Vaccination in Bombay 1874-1876 - 1874-1876
Year: 1874
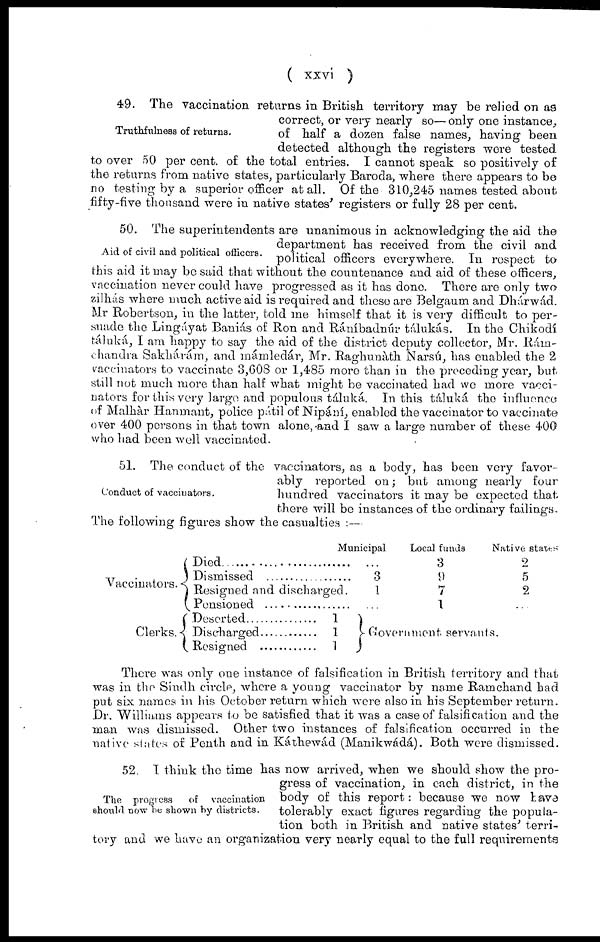
( xxvi )
Truthfulness of returns.
49. The vaccination returns in British territory may be relied on as
correct, or very nearly so— only one instance,
of half a dozen false names, having been
detected although the registers were tested
to over 50 per cent. of the total entries. I cannot speak so positively of
the returns from native states, particularly Baroda, where there appears to be
no testing by a superior officer at all. Of the 310,245 names tested about
fifty-five thousand were in native states' registers or fully 28 per cent.
Aid of civil and political officers.
50. The superintendents are unanimous in acknowledging the aid the
department has received from the civil and
political officers everywhere. In respect to
this aid it may be said that without the countenance and aid of these officers,
vaccination never could have progressed as it has done. There are only two
zilhás where much active aid is required and these are Belgaum and Dhárwád.
Mr Robertson, in the latter, told me himself that it is very difficult to per-
suade the Lingáyát Baniás of Ron and Ráníbadnúr tálukás. In the Chikodí
táluká, I am happy to say the aid of the district deputy collector, Mr. Ram-
chandra Sakhárám, and mámledár, Mr. Raghunáth Narsú, has enabled the 2
vaccinators to vaccinate 3,608 or 1,485 more than in the preceding year, but
still not much more than half what might be vaccinated had we more vacci-
nators for this very large and populous táluká. In this táluká the influence
of Malhár Hanmant, police pátil of Nipání, enabled the vaccinator to vaccinate
over 400 persons in that town alone, and I saw a large number of these 400
who had been well vaccinated.
Conduct of vaccinators.
51. The conduct of the vaccinators, as a body, has been very favor-
ably reported on; but among nearly four
hundred vaccinators it may be expected that
there will be instances of the ordinary failings.
The following figures show the casualties :—
Vaccinators.
Clerks,
Died..................
Dismissed..................
Resigned and discharged.
Pensioned..................
Deserted..................
Discharged..................
Resigned..................
Municipal
...
3
1
...
1
1
1
Local funds
3
9
7
1
Native states
2
5
2
...
Government
servants.
There was only one instance of falsification in British territory and that
was in the Sindh circle, where a young vaccinator by name Ramchand had
put six names in his October return which were also in his September return.
Dr. Williams appears to be satisfied that it was a case of falsification and the
man was dismissed. Other two instances of falsification occurred in the
native states of Penth and in Káthewád (Manikwádá). Both were dismissed.
The progress
of vaccination
should now be shown by districts.
52. I think the time has now arrived, when we should show the pro-
gress of vaccination, in each district, in the
body of this report: because we now have
tolerably exact figures regarding the popula-
tion both in British and native states' terri-
tory and we have an organization very nearly equal to the full requirements